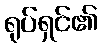
ရုပ်ရှင်၏